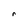
Character: r